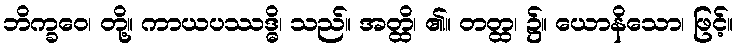
ဘိက္ခဝေ၊ တို့။ ကာယပဿဒ္ဓိ၊ သည်။ အတ္ထိ၊ ၏။ တတ္ထ၊ ၌။ ယောနိသော၊ ဖြင့်။